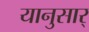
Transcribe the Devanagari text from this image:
यानुसार्